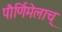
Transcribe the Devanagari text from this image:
पौर्णिमेलाच्